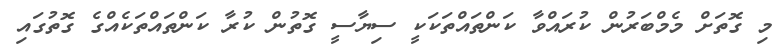
މި ގޮތަށް މެމްބަރުން ކުރައްވާ ކަންތައްތަކަކީ ސިޔާސީ ގޮތުން ކުރާ ކަންތައްތަކެއްގެ ގޮތުގައި